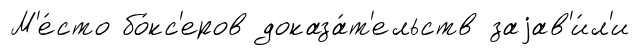
М'е́сто бо́кс'еров доказа́т'ельств заjав'и́л'и